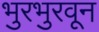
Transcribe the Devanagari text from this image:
भुरभुरवून